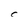
Character: C